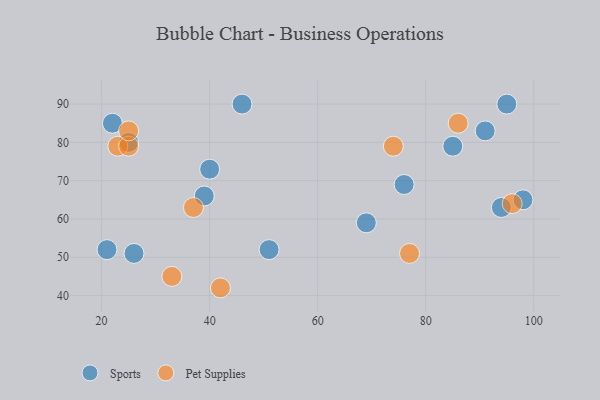
{"axis": {"x": "GDP", "y": "Life Expectancy"}, "legend": ["Pet Supplies", "Sports"], "data": [{"x": "21", "y": 52, "type": "Sports"}, {"x": "94", "y": 63, "type": "Sports"}, {"x": "85", "y": 79, "type": "Sports"}, {"x": "26", "y": 51, "type": "Sports"}, {"x": "46", "y": 90, "type": "Sports"}, {"x": "39", "y": 66, "type": "Sports"}, {"x": "91", "y": 83, "type": "Sports"}, {"x": "25", "y": 80, "type": "Sports"}, {"x": "76", "y": 69, "type": "Sports"}, {"x": "98", "y": 65, "type": "Sports"}, {"x": "95", "y": 90, "type": "Sports"}, {"x": "22", "y": 85, "type": "Sports"}, {"x": "40", "y": 73, "type": "Sports"}, {"x": "69", "y": 59, "type": "Sports"}, {"x": "51", "y": 52, "type": "Sports"}, {"x": "74", "y": 79, "type": "Pet Supplies"}, {"x": "37", "y": 63, "type": "Pet Supplies"}, {"x": "96", "y": 64, "type": "Pet Supplies"}, {"x": "77", "y": 51, "type": "Pet Supplies"}, {"x": "33", "y": 45, "type": "Pet Supplies"}, {"x": "86", "y": 85, "type": "Pet Supplies"}, {"x": "23", "y": 79, "type": "Pet Supplies"}, {"x": "25", "y": 79, "type": "Pet Supplies"}, {"x": "42", "y": 42, "type": "Pet Supplies"}, {"x": "25", "y": 83, "type": "Pet Supplies"}]}